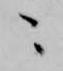
ニ